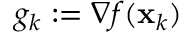
g _ { k } : = \nabla f ( \mathbf { x } _ { k } )